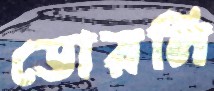
ডোরলি